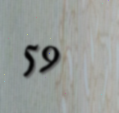
59